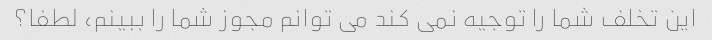
این تخلف شما را توجیه نمی کند می توانم مجوز شما را ببینم، لطفا؟